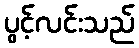
ပွင့်လင်းသည်